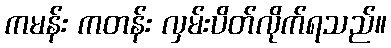
ကမန်း ကတန်း လှမ်းပိတ်လိုက်ရသည်။